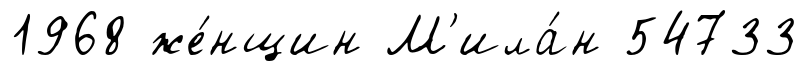
1968 же́нщин М'ила́н 54733